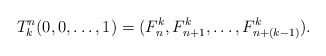
\begin{align*}T^n_k (0,0, \ldots, 1) = (F^k_n, F^k_{n+1}, \ldots, F^k_{n+(k-1)}).\end{align*}